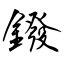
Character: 鏺